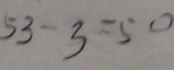
5 3 - 3 = 5 0